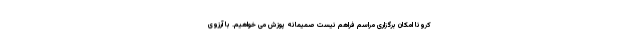
کرونا امکان برگزاری مراسم فراهم نیست صمیمانه پوزش می خواهیم. با آرزوی